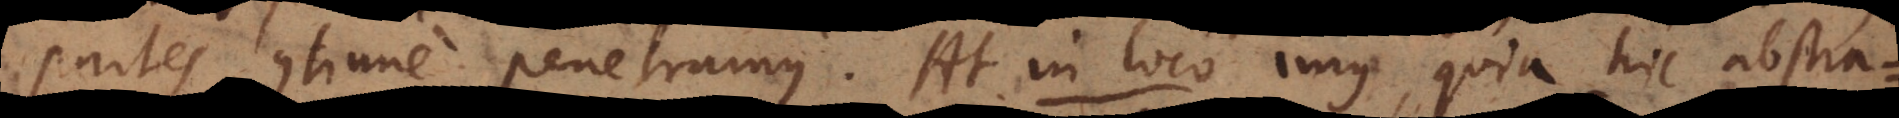
partes continue penetramus. At in loco imus, quia hic abstra